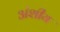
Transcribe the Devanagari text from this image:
अंशीय